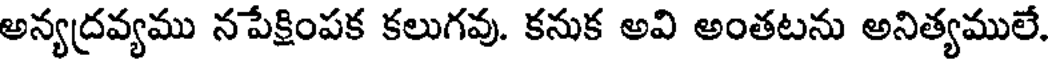
అన్యద్రవ్యము నపేక్షింపక కలుగవు. కనుక అవి అంతటను అనిత్యములే.